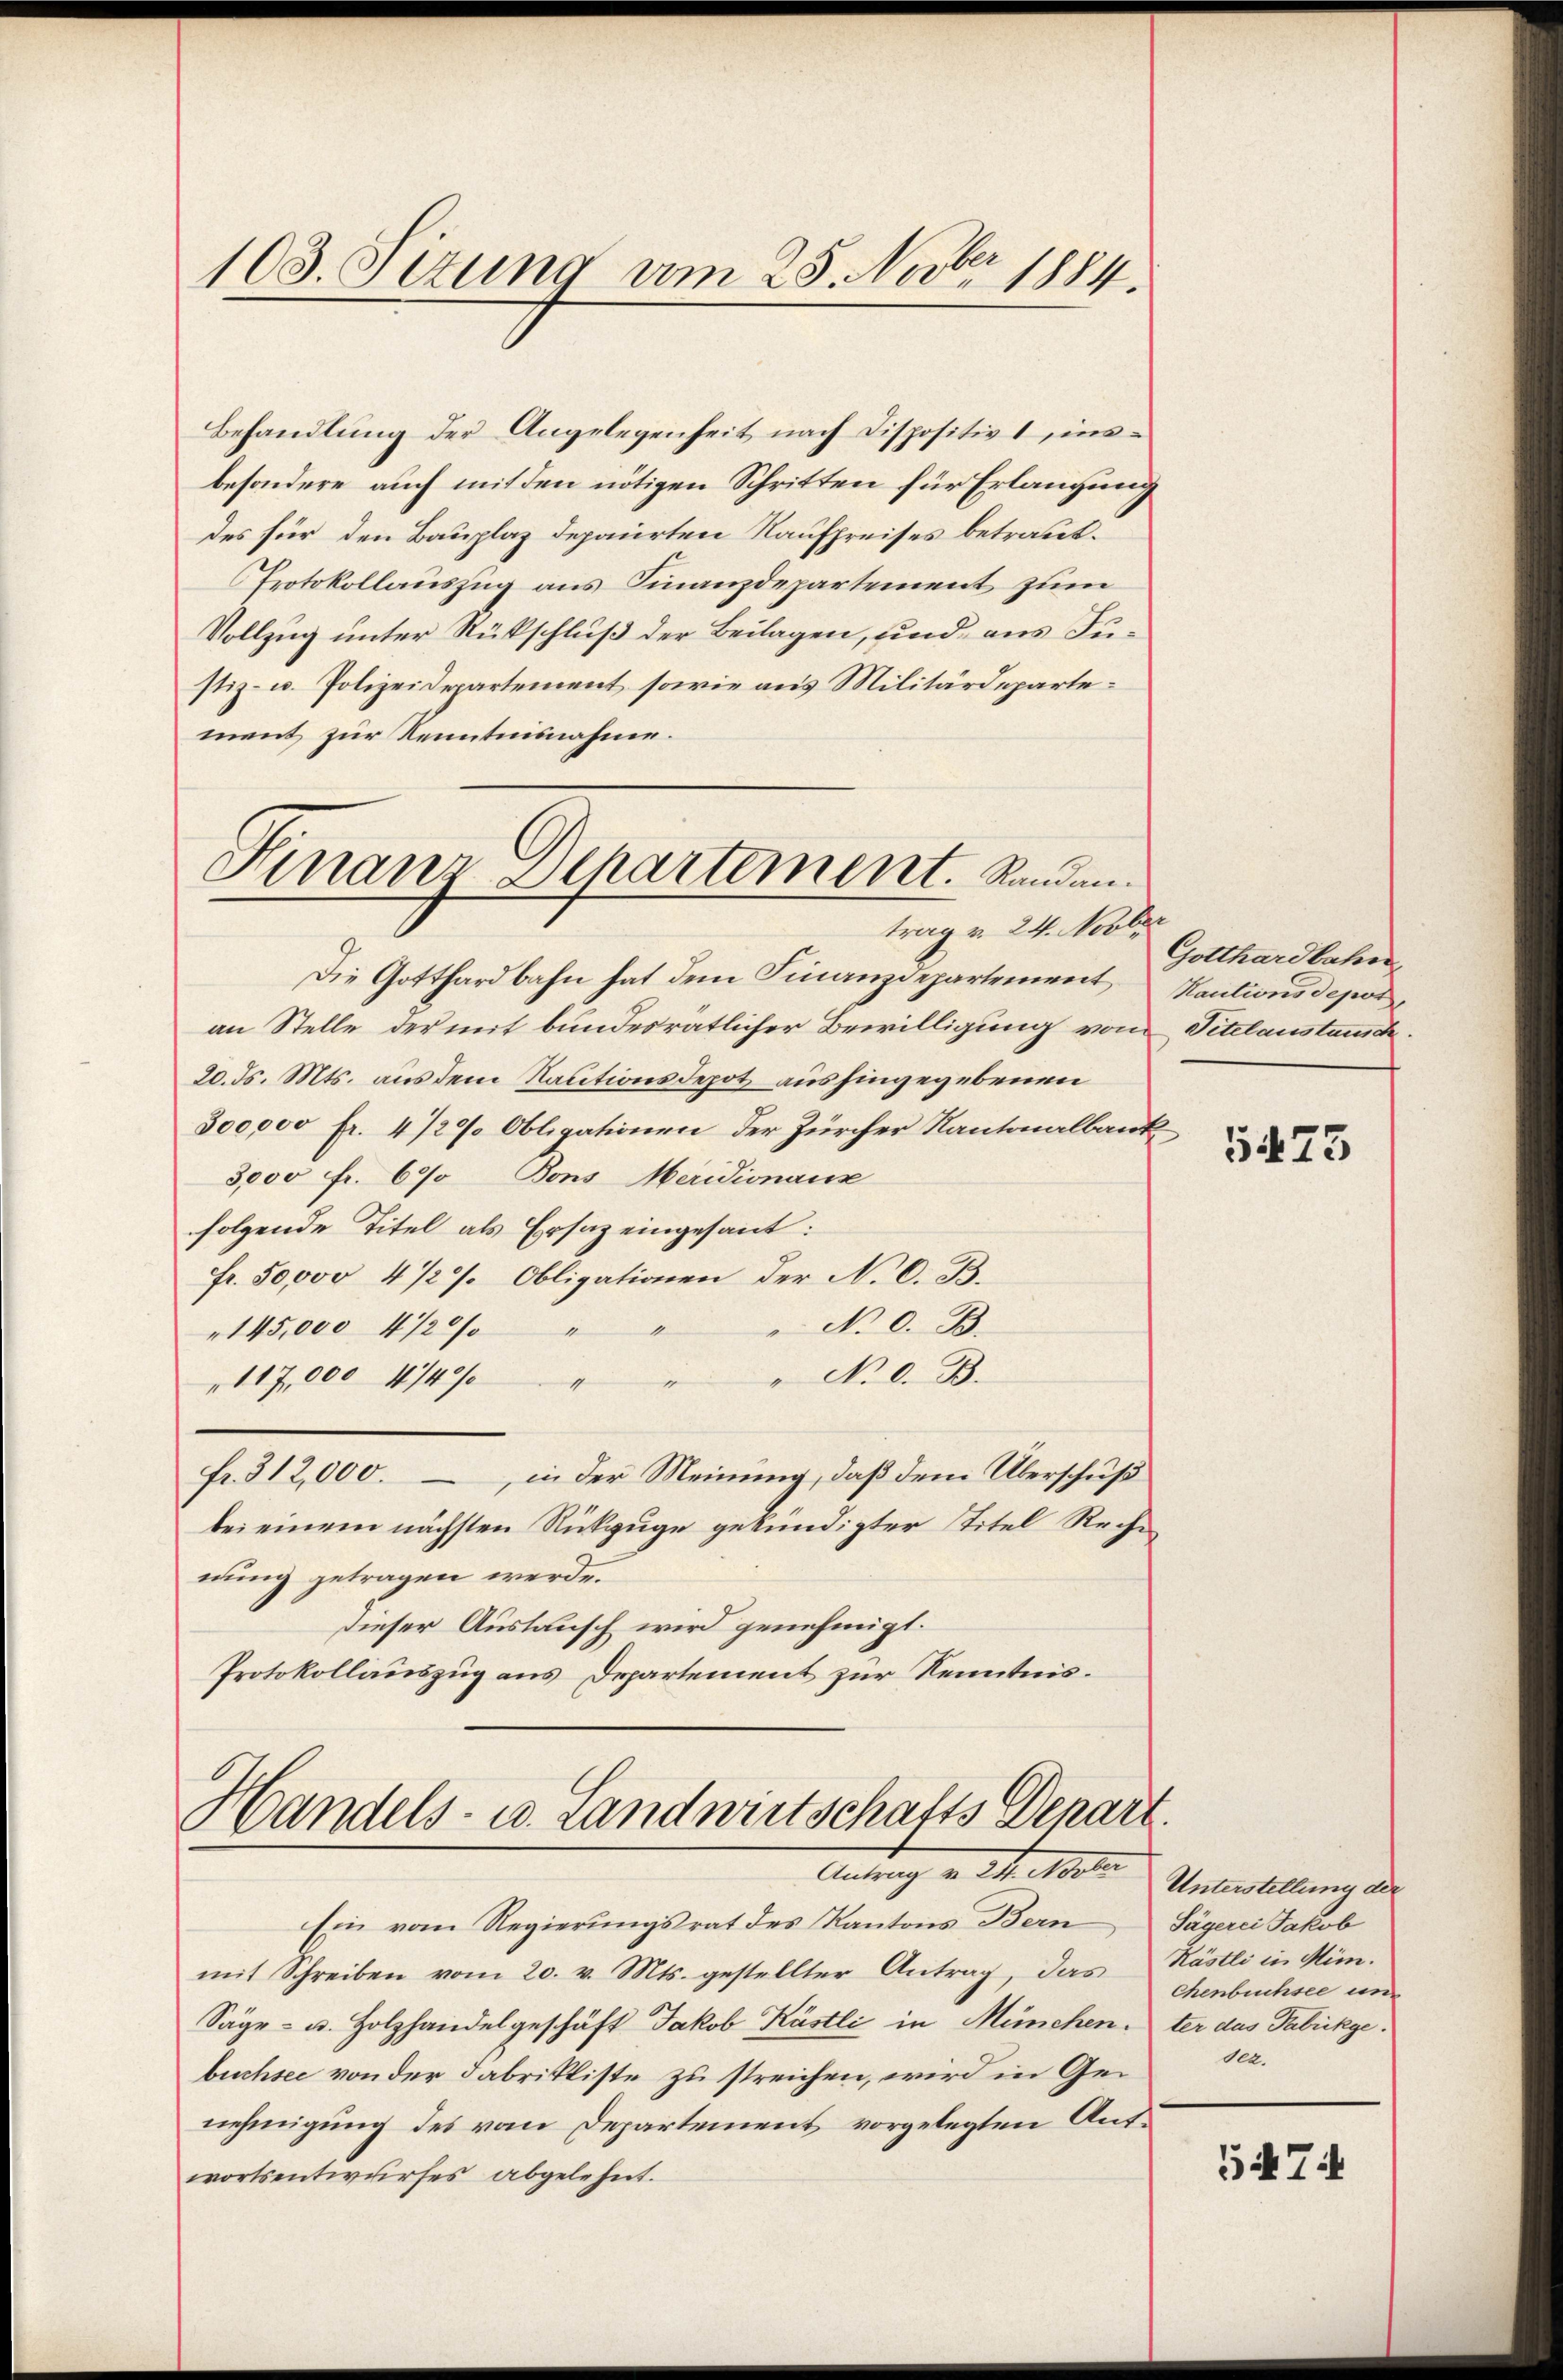
103. Setzung am 25. Novbr. 1884.

Behandlung der Angelegenheit nach Dispositivs insbesondere auch mit den nötigen Schritten für Erlangung
des für den Bauplaz departen Kaufpreises betraut.
Protokollauszug aus Finanzdepartement zum
Vollzug unter Rückschluß der Beilagen, und aus Fustiz- u. Polizeidepartement, sowie aus Militärdepartement zur Kenntnisnahme.

Finanz Departement. Randantrag v. 24. Novber

Die Gotthardbahn hat dem Finanzdepartement
an Stelle, der mit bundesratlicher Bewilligung vom Titelanstausc
20. ds. Mts. aus dem Rautionsdepot aushingegebenen
300,000 fr. 4 1/2% Obligationen der Zürcher Kantonalbank
3,000 fr. 690 Bons Meridionaus
folgende Titel als Ersatz eingesant:
Fr. 50,000 4 1/2% Obligationen der N. O. B.
No 0. B.
145,000 4/20/
1
"N.O. B.
117,000 4740/
e
e
fr. 312,000. in der Meinung, daß dem Überschuß
bei einem nächsten Rückzuge gekündigter Titel Rechen
nung getragen werde.
dieser Auslausch wird genehmigt.
Protokollauszug aus Departement zur Kenntnis¬

Handels- u. Landwirtschafts Depart.
I4. Note Unterstellung der

Ein vom Regierŭngsrat des Kantons Bern Sägerei Jakob
mit Schreiben vom 20. v. Mts. gestellter Antrag, das Kästli in Mün-
Säge- u. Holzhandelgeschäft Jakob Kästli in Münchenter das Fabrikgebuchsee von der Fabrikliste zu streichen, wird in Genehmigung des vom Departement vorgelegten Auswortsentwurfes abgelehnt.

Gotthardbahn
Kautions depot

5475

chenbuchsee und
Oea.

5474